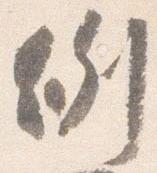
例